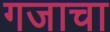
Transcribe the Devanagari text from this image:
गजाचा